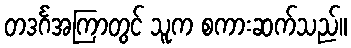
တဒင်္ဂအကြာတွင် သူက စကားဆက်သည်။